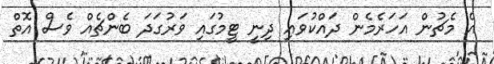
އެ މެޗުން އަހަރެމެން ދައްކުވައި ދިނީ ޓީމުގައި ވަރުގަދަ ބެންޗެއް ވެސް އޮތް